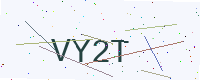
Text: VY2T